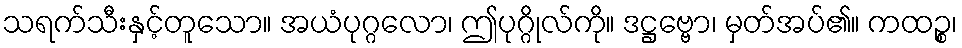
သရက်သီးနှင့်တူသော။ အယံပုဂ္ဂလော၊ ဤပုဂ္ဂိုလ်ကို။ ဒဋ္ဌဗ္ဗော၊ မှတ်အပ်၏။ ကထဉ္စ၊